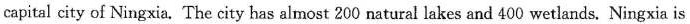
capital city of Ningxia. The city has almost 200 natural lakes and 400 wetlands. Ningxia is